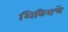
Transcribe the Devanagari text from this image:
शिबिराचे